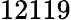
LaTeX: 12119